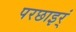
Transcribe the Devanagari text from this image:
परछाइर्ं